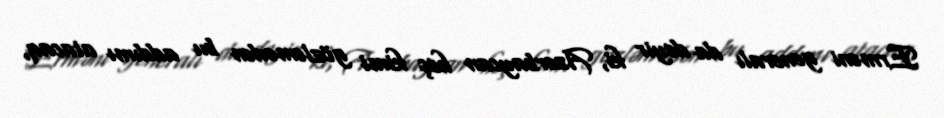
Erməni generalı da deyir ki, Azərbaycan heç kimi gözləmədən bu addımı atacaq,